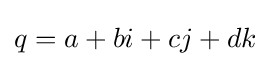
q=a+bi+cj+dk\!